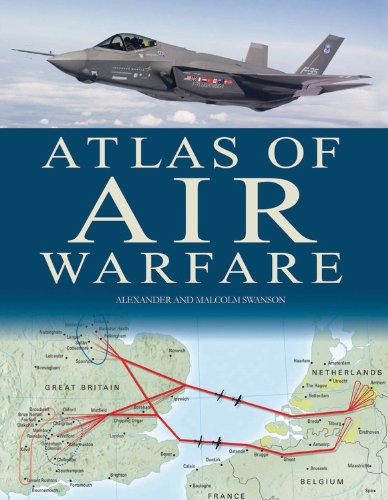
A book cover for Military Atlas of Air Warfare; Alexander Swanston; Arts & Photography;